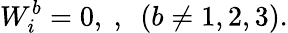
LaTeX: W_{i}^{b}=0,\ ,\ \ (b\ne 1,2,3).